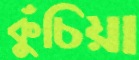
কুঁচিয়া